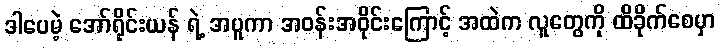
ဒါပေမဲ့ အော်ရိုင်းယန် ရဲ့ အပူကာ အဝန်းအဝိုင်းကြောင့် အထဲက လူတွေကို ထိခိုက်စေမှာ